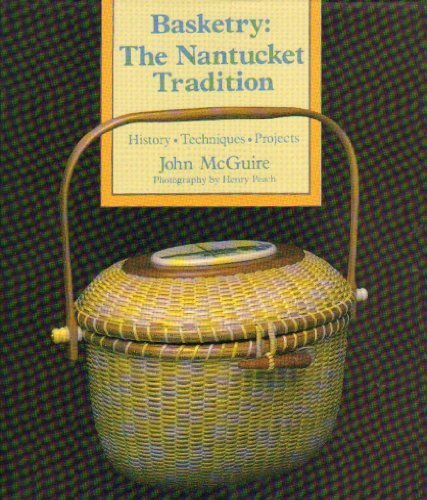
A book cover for Basketry: The Nantucket Tradition; John E. McGuire; Crafts, Hobbies & Home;